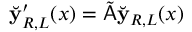
\breve { \mathbf { y } } _ { R , L } ^ { \prime } ( x ) = \tilde { \mathsf { A } } \breve { \mathbf { y } } _ { R , L } ( x )